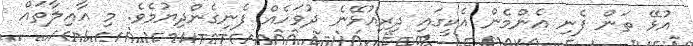
އުޅޭ ތަން ފެނި އެންމެން އެކީގައި ދިރިއުޅޭނެ ދުވަހެއް ފެނިގެންދިޔުމެވެ. މި އާއިލާތައް